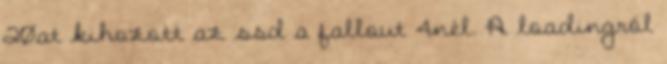
20at kihozott az ssd a fallout 4nél. A loadingról